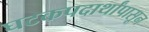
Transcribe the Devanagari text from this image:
घटकपदार्थांपासून